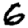
Digit: 6